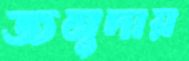
জনুদায়